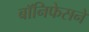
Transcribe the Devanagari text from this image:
बॉनिफेसने